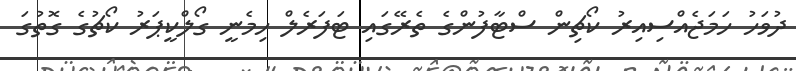
ދުވަހު ހަމަޖެއްސިއިރު ކޯޗިން ސްޓާފުންގެ ތެރޭގައި ޓަފަރެލް ހިމެނީ ގޯލްކީޕަރު ކޯޗުގެ ގޮތުގަ